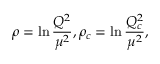
\rho = \ln { \frac { Q ^ { 2 } } { \mu ^ { 2 } } } , \rho _ { c } = \ln { \frac { Q _ { c } ^ { 2 } } { \mu ^ { 2 } } } ,